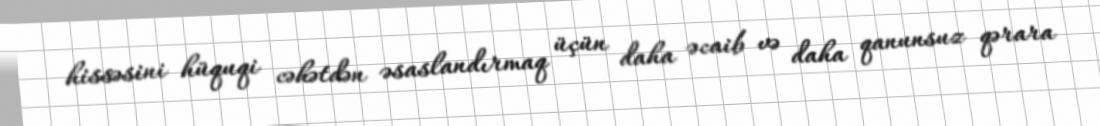
hissəsini hüquqi cəhətdən əsaslandırmaq üçün daha əcaib və daha qanunsuz qərara